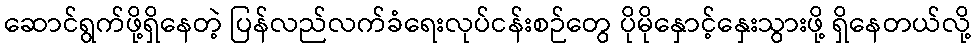
ဆောင်ရွက်ဖို့ရှိနေတဲ့ ပြန်လည်လက်ခံရေးလုပ်ငန်းစဉ်တွေ ပိုမိုနှောင့်နှေးသွားဖို့ ရှိနေတယ်လို့